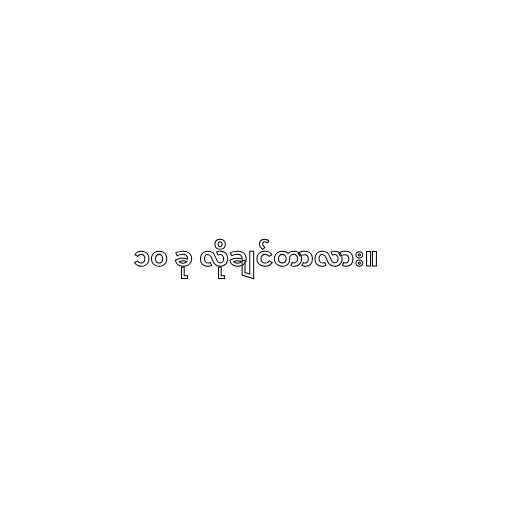
၁၀ ခု လိုချင်တာလား။